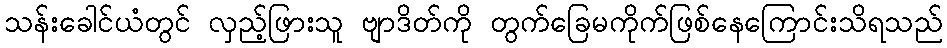
သန်းခေါင်ယံတွင် လှည့်ဖြားသူ ဗျာဒိတ်ကို တွက်ခြေမကိုက်ဖြစ်နေကြောင်းသိရသည်